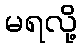
မရလို့